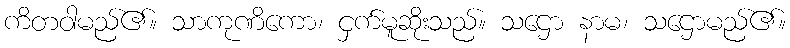
ကိတဝါမည်၏။ သာကုဏိကော၊ ငှက်မူဆိုးသည်။ သဌော နာမ၊ သဌောမည်၏။